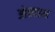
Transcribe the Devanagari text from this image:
ओक्क्हम